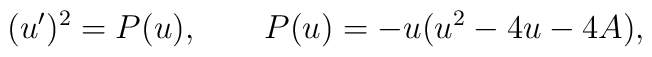
(u^{\prime})^2=P(u), \qquad P(u)=-u(u^2-4u-4A),